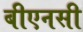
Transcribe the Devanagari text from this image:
बीएनसी